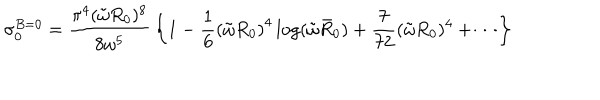
\sigma _ { 0 } ^ { B = 0 } = { \frac { \pi ^ { 4 } ( \tilde { \omega } R _ { 0 } ) ^ { 8 } } { 8 \omega ^ { 5 } } } \left\{ 1 - { \frac { 1 } { 6 } } \left( \tilde { \omega } R _ { 0 } \right) ^ { 4 } \log ( \tilde { \omega } \bar { R } _ { 0 } ) + { \frac { 7 } { 7 2 } } ( \tilde { \omega } R _ { 0 } ) ^ { 4 } + \cdots \right\}